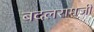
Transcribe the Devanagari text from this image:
बदलरामजी